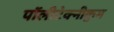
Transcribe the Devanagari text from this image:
पॉलीटेक्नीकुम